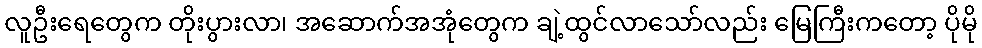
လူဦးရေတွေက တိုးပွားလာ၊ အဆောက်အအုံတွေက ချဲ့ထွင်လာသော်လည်း မြေကြီးကတော့ ပိုမို